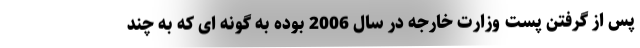
پس از گرفتن پست وزارت خارجه در سال 2006 بوده به گونه ای که به چند